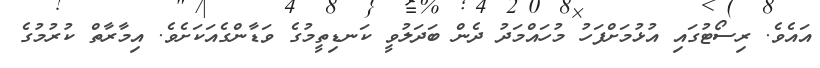
އައެވެ. ރިސޯޓުގައި އުޅުމަށްފަހު މުހައްމަދު ދެން ބަދަލުވީ ކަނޑިތީމުގެ ވަޑާންގެއަކަށެވެ. އިމާރާތް ކުރުމުގެ